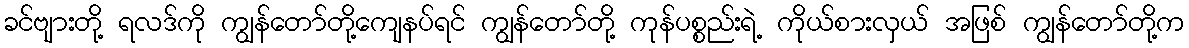
ခင်ဗျားတို့ ရလဒ်ကို ကျွန်တော်တို့ကျေနပ်ရင် ကျွန်တော်တို့ ကုန်ပစ္စည်းရဲ့ ကိုယ်စားလှယ် အဖြစ် ကျွန်တော်တို့က